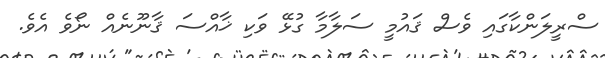
ސްރީލަންކާގައި ވެސް ޤައުމީ ސަލާމާ ގުޅޭ ވަކި ޚާއްސަ ޤާނޫނެއް ނޯވެ އެވެ.